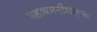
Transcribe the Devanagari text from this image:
महाधमनीशंकूचा